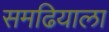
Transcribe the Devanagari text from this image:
समढियाला